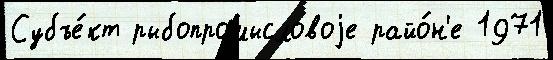
Субъе́кт рыбопромысловоjе райо́н'е 1971